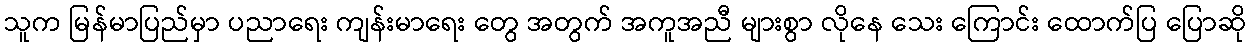
သူက မြန်မာပြည်မှာ ပညာရေး ကျန်းမာရေး တွေ အတွက် အကူအညီ များစွာ လိုနေ သေး ကြောင်း ထောက်ပြ ပြောဆို